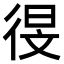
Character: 𫹗